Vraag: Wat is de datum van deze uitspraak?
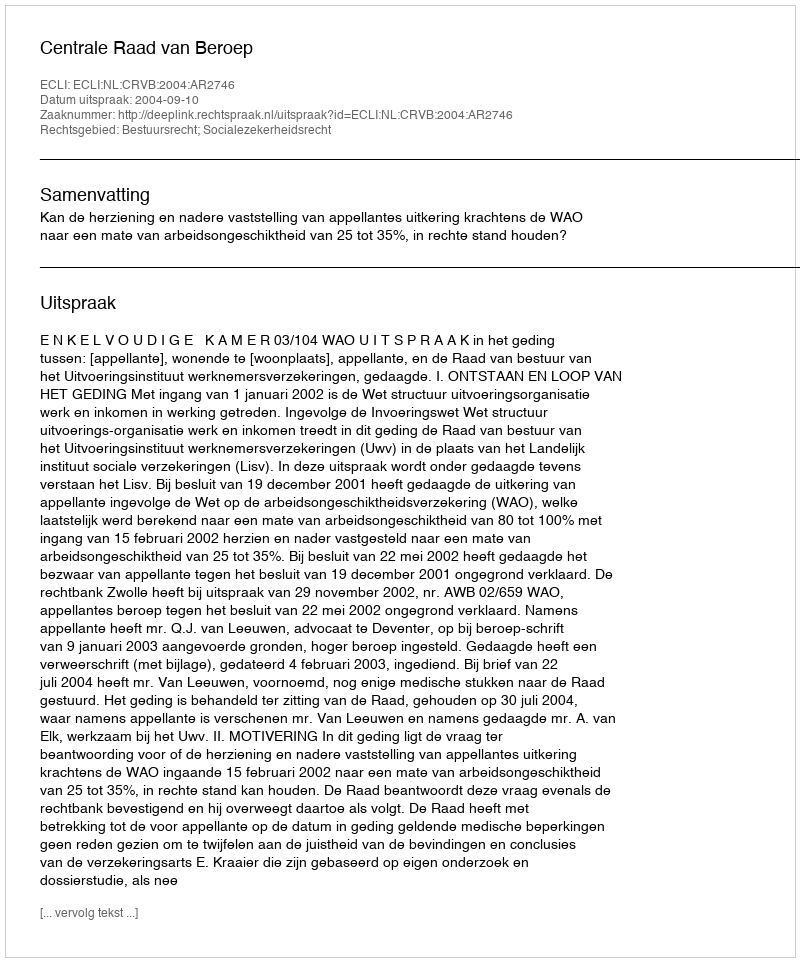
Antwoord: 2004-09-10